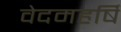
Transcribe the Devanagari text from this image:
वेदमहर्षि